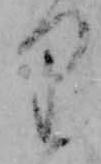
り